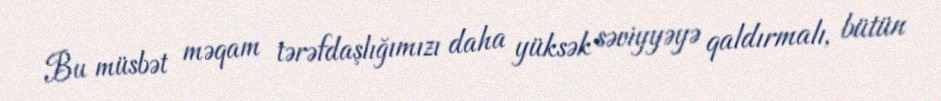
Bu müsbət məqam tərəfdaşlığımızı daha yüksək səviyyəyə qaldırmalı, bütün